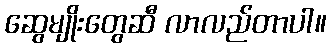
ဆွေမျိုးတွေဆီ လာလည်တာပါ။